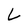
Character: L